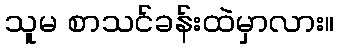
သူမ စာသင်ခန်းထဲမှာလား။